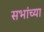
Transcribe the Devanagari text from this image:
सभांच्या